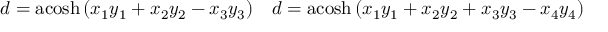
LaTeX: \begin{array} { c c } { d = \operatorname { a c o s h } \left( x _ { 1 } y _ { 1 } + x _ { 2 } y _ { 2 } - x _ { 3 } y _ { 3 } \right) } & { d = \operatorname { a c o s h } \left( x _ { 1 } y _ { 1 } + x _ { 2 } y _ { 2 } + x _ { 3 } y _ { 3 } - x _ { 4 } y _ { 4 } \right) } \end{array}